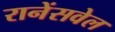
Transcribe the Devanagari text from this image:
रानेंसवेल